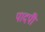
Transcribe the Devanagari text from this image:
पादपोँ